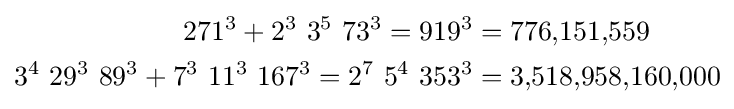
{\begin{aligned}271^{3}+2^{3}\ 3^{5}\ 73^{3}=919^{3}&=776{,}151{,}559\\3^{4}\ 29^{3}\ 89^{3}+7^{3}\ 11^{3}\ 167^{3}=2^{7}\ 5^{4}\ 353^{3}&=3{,}518{,}958{,}160{,}000\\\end{aligned}}